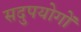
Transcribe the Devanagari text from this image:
सदुपयोगों